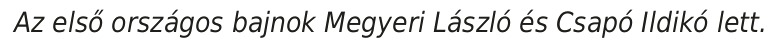
Az első országos bajnok Megyeri László és Csapó Ildikó lett.